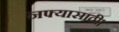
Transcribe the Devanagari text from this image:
नफ्यासाठी।